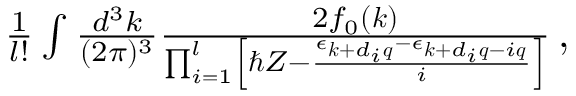
\begin{array} { r } { \frac { 1 } { l ! } \int \frac { d ^ { 3 } k } { ( 2 \pi ) ^ { 3 } } \frac { 2 f _ { 0 } ( \boldsymbol { k } ) } { \prod _ { i = 1 } ^ { l } \left[ \hbar { Z } - \frac { \epsilon _ { \boldsymbol { k } + d _ { i } \boldsymbol { q } } - \epsilon _ { \boldsymbol { k } + d _ { i } \boldsymbol { q } - i \boldsymbol { q } } } { i } \right] } \, , } \end{array}